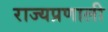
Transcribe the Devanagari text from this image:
राज्यप्रणाली